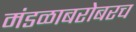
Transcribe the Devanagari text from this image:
मंडळाबरोबरच